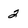
Character: 2